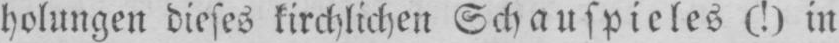
holungen dieses kirchlichen Schauspieles(!) in